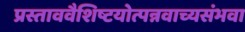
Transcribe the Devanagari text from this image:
प्रस्ताववैशिष्टयोत्पन्नवाच्यसंभवा